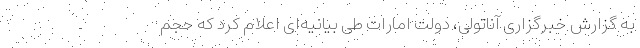
به گزارش خبرگزاری آناتولی، دولت امارات طی بیانیه‌ای اعلام کرد که حجم